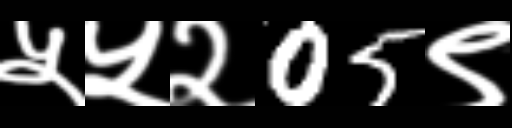
Text: ५५२05९